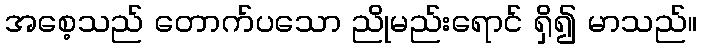
အစေ့သည် တောက်ပသော ညိုမည်းရောင် ရှိ၍ မာသည်။